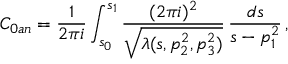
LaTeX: C _ { 0 a n } = \frac { 1 } { 2 \pi i } \int _ { s _ { 0 } } ^ { s _ { 1 } } \frac { ( 2 \pi i ) ^ { 2 } } { \sqrt { \lambda ( s , p _ { 2 } ^ { 2 } , p _ { 3 } ^ { 2 } ) } } \, \frac { d s } { s - p _ { 1 } ^ { 2 } } \, ,